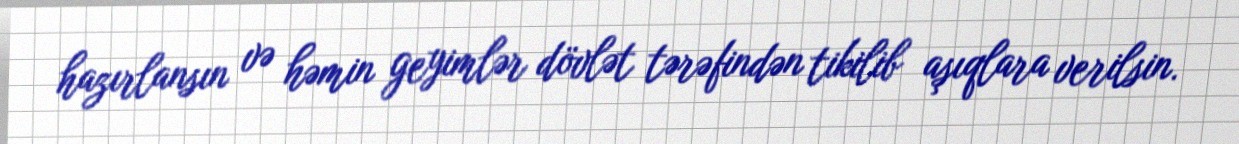
hazırlansın və həmin geyimlər dövlət tərəfindən tikilib aşıqlara verilsin.